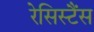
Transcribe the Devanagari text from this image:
रेसिस्टैंस